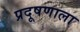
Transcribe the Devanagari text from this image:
प्रदूषणाला